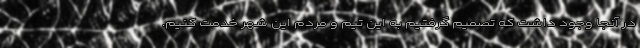
در آنجا وجود داشت که تصمیم گرفتیم به این تیم و مردم این شهر خدمت کنیم.